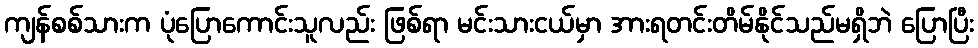
ကျန်စစ်သားက ပုံပြောကောင်းသူလည်း ဖြစ်ရာ မင်းသားငယ်မှာ အားရတင်းတိမ်နိုင်သည်မရှိဘဲ ပြောပြီး